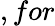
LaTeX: ,for